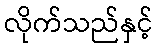
လိုက်သည်နှင့်